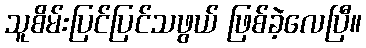
သူစိမ်းပြင်ပြင်သဖွယ် ဖြစ်ခဲ့လေပြီ။